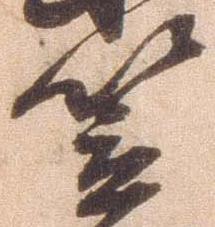
笠